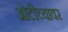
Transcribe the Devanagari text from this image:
ओटीच्यावर